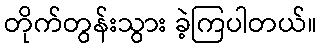
တိုက်တွန်းသွား ခဲ့ကြပါတယ်။